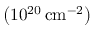
\left( 1 0 ^ { 2 0 } \thinspace \mathrm { c m } ^ { - 2 } \right)